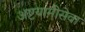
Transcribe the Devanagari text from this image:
अष्टयामीसेवा